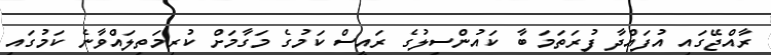
ރާއްޖޭގައި އުފައްދާ ފުރަތަމަ ބާ ކައުންސިލުގެ ރައީސް ކަމުގެ މަގާމަށް ކުރިމަތިލައްވާނެ ކަމުގައި